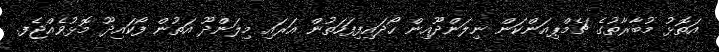
އަތޮޅު މުބާރާތުގެ ޗެމްޕިއަންކަން ނިލަންދޫއިން ހޯދައިފިފަހަތުން އަރައި މިލަންދޫ އަތުން ފޯކައިދޫ މޮޅުވެއްޖެފ.